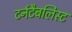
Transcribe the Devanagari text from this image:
टर्नटैबलिस्ट